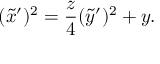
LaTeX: ( \tilde { x } ^ { \prime } ) ^ { 2 } = \frac { z } { 4 } ( \tilde { y } ^ { \prime } ) ^ { 2 } + y .